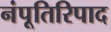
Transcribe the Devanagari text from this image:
नंपूतिरिपाद